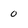
Character: 0